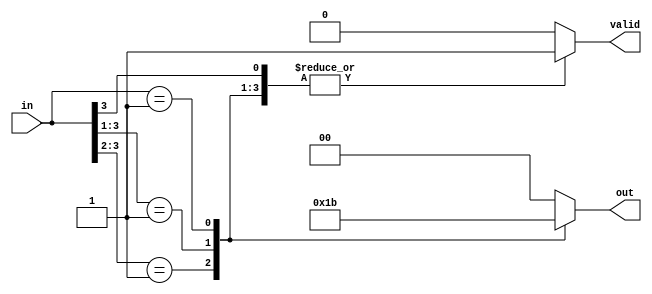
module multilevel_encoder (
    input wire [3:0] in,   // 4 input lines
    output reg [1:0] out,  // 2 output lines
    output reg valid       // Valid output signal
);

// Combinational logic for encoding
always @(*) begin
    // Initialize outputs
    out = 2'b00; // Default output when no input is active
    valid = 1'b0; // Default valid signal

    // Priority encoding logic
    casez (in)
        4'b1??? : begin
            out = 2'b00; // Input 0 active
            valid = 1'b1;
        end
        4'b01?? : begin
            out = 2'b01; // Input 1 active
            valid = 1'b1;
        end
        4'b001? : begin
            out = 2'b10; // Input 2 active
            valid = 1'b1;
        end
        4'b0001 : begin
            out = 2'b11; // Input 3 active
            valid = 1'b1;
        end
        default: begin
            out = 2'b00; // No valid input active
            valid = 1'b0; // Invalid state
        end
    endcase
end

endmodule